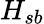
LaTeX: H_{sb}